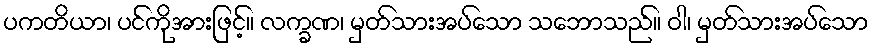
ပကတိယာ၊ ပင်ကိုအားဖြင့်။ လက္ခဏ၊ မှတ်သားအပ်သော သဘောသည်။ ဝါ၊ မှတ်သားအပ်သော